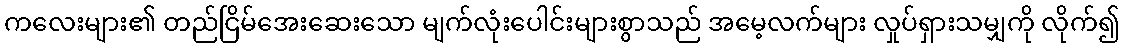
ကလေးများ၏ တည်ငြိမ်အေးဆေးသော မျက်လုံးပေါင်းများစွာသည် အမေ့လက်များ လှုပ်ရှားသမျှကို လိုက်၍